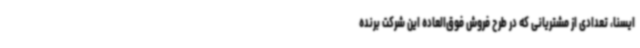
ایسنا، تعدادی از مشتریانی که در طرح فروش فوق‌العاده این شرکت برنده